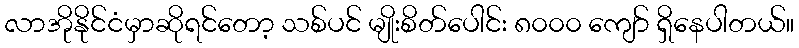
လာအိုနိုင်ငံမှာဆိုရင်တော့ သစ်ပင် မျိုးစိတ်ပေါင်း ၈၀၀၀ ကျော် ရှိနေပါတယ်။